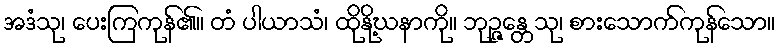
အဒံသု၊ ပေးကြကုန်၏။ တံ ပါယာသံ၊ ထိုနို့ဃနာကို။ ဘုဉ္ဇန္တေသု၊ စားသောက်ကုန်သော။